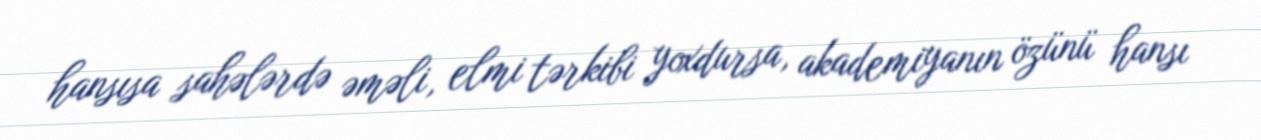
hansısa sahələrdə əməli, elmi tərkibi yoxdursa, akademiyanın özünü hansı